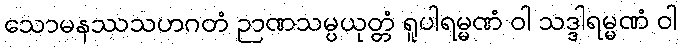
သောမနဿသဟဂတံ ဉာဏသမ္ပယုတ္တံ ရူပါရမ္မဏံ ဝါ သဒ္ဒါရမ္မဏံ ဝါ